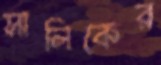
সালিকের